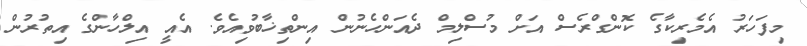
މިފަހަރު އެމެރިކާގެ ކޮންގްރެސް އަށް މުސްލިމް ދެއަންހެނުން އިންތިޚާބުވިއެވެ. އެއީ އިލްހާންގެ އިތުރުން